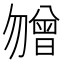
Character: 㬟